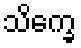
သိက္ခေ